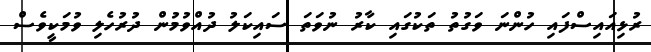
ރުޅިއައިސްފައި ހުންނަ ވަގުތު ތަކުގައި ކާރު ނުވަތަ ސައިކަލު ދުއްވުމުން ދުރުހެލި ވުމަކީވެސް